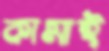
কামাই